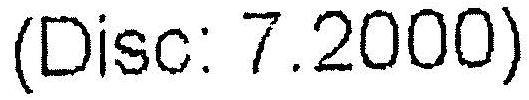
(DISC: 7.2000)